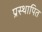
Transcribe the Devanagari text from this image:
प्रस्‍थापित